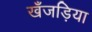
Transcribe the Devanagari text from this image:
खँजड़िया